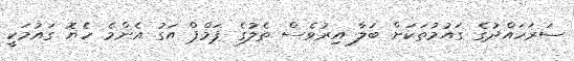
ސަރަހައްދުގެ ގައުމުތަކަށް ބަލާ އިރުވެސް ތެލުގެ ޕަމްޕް އަގު އެންމެ ހެޔޮ ގައުމަކީ